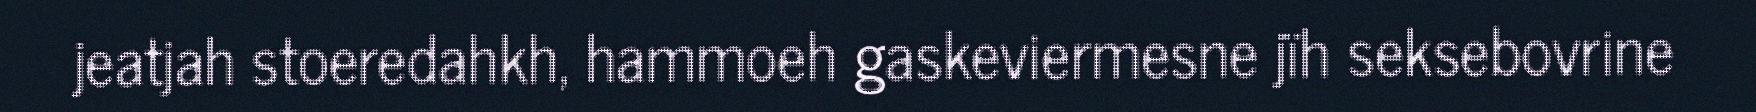
jeatjah stoeredahkh, hammoeh gaskeviermesne jïh seksebovrine